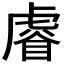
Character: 𧇖